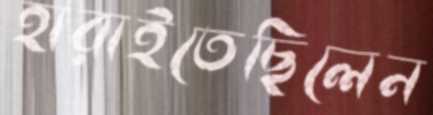
হারাইতেছিলেন